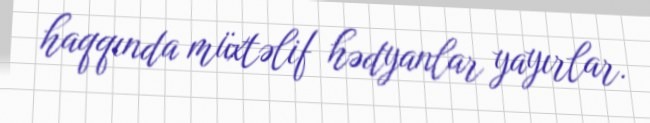
haqqında müxtəlif hədyanlar yayırlar.